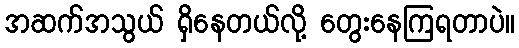
အဆက်အသွယ် ရှိနေတယ်လို့ တွေးနေကြရတာပဲ။